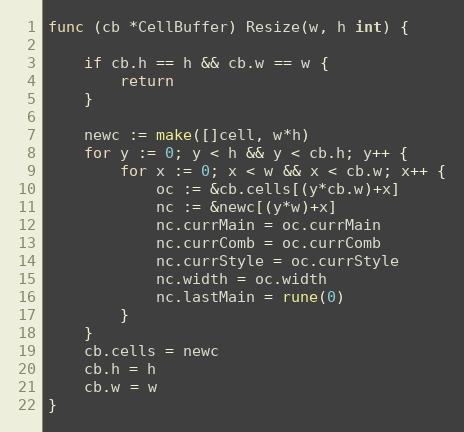
Language: Go
func (cb *CellBuffer) Resize(w, h int) {

	if cb.h == h && cb.w == w {
		return
	}

	newc := make([]cell, w*h)
	for y := 0; y < h && y < cb.h; y++ {
		for x := 0; x < w && x < cb.w; x++ {
			oc := &cb.cells[(y*cb.w)+x]
			nc := &newc[(y*w)+x]
			nc.currMain = oc.currMain
			nc.currComb = oc.currComb
			nc.currStyle = oc.currStyle
			nc.width = oc.width
			nc.lastMain = rune(0)
		}
	}
	cb.cells = newc
	cb.h = h
	cb.w = w
}